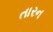
તારન